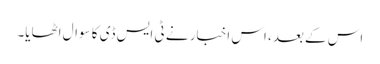
اس کے بعد، اس اخبار نے ٹی ایس ڈی کا سوال اٹھایا۔